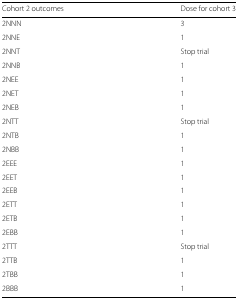
<table><thead><tr><td><b>Cohort 2 outcomes</b></td><td><b>Dose for cohort 3</b></td></tr></thead><tbody><tr><td>2NNN</td><td>3</td></tr><tr><td>2NNE</td><td>1</td></tr><tr><td>2NNT</td><td>Stop trial</td></tr><tr><td>2NNB</td><td>1</td></tr><tr><td>2NEE</td><td>1</td></tr><tr><td>2NET</td><td>1</td></tr><tr><td>2NEB</td><td>1</td></tr><tr><td>2NTT</td><td>Stop trial</td></tr><tr><td>2NTB</td><td>1</td></tr><tr><td>2NBB</td><td>1</td></tr><tr><td>2EEE</td><td>1</td></tr><tr><td>2EET</td><td>1</td></tr><tr><td>2EEB</td><td>1</td></tr><tr><td>2ETT</td><td>1</td></tr><tr><td>2ETB</td><td>1</td></tr><tr><td>2EBB</td><td>1</td></tr><tr><td>2TTT</td><td>Stop trial</td></tr><tr><td>2TTB</td><td>1</td></tr><tr><td>2TBB</td><td>1</td></tr><tr><td>2BBB</td><td>1</td></tr></tbody></table>